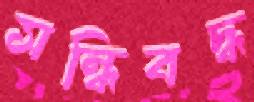
সন্ধিবদ্ধ